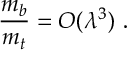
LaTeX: { \frac { m _ { b } } { m _ { t } } } = { \cal O } ( \lambda ^ { 3 } ) \ .